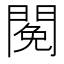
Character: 𨵃